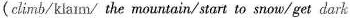
(climb/klaim/ the mountain/ start to snow/get dark